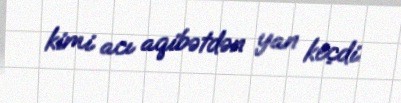
kimi acı aqibətdən yan keçdi.